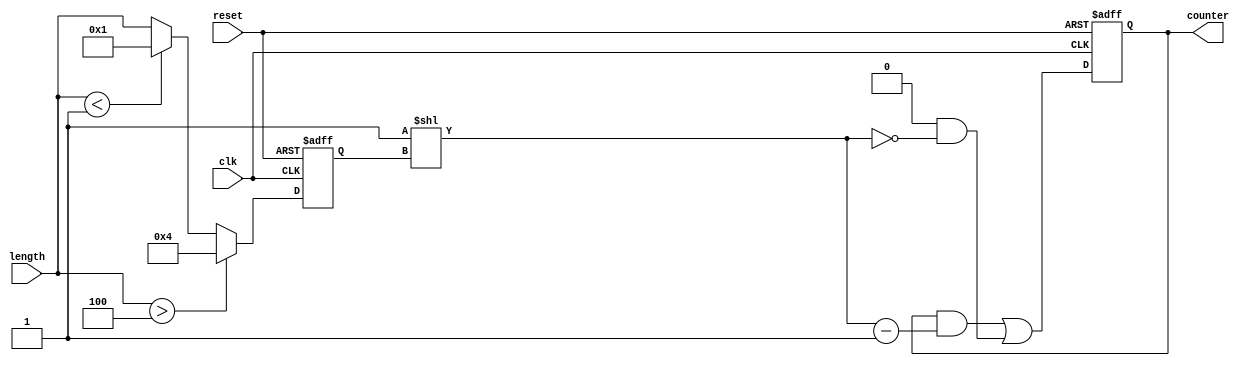
module variable_length_ring_counter (
    input wire clk,               // Clock input
    input wire reset,             // Asynchronous reset
    input wire [3:0] length,      // Length control input (max 4 bits for a 4-bit counter)
    output reg [3:0] counter      // Output state of the counter
);

    // Internal variable to hold the effective length
    reg [3:0] effective_length;

    always @(posedge clk or posedge reset) begin
        if (reset) begin
            // Reset the counter to the initial state
            counter <= 4'b0001; // Initialize the first flip-flop to '1'
            effective_length <= 4'b0001; // Default effective length to 1
        end else begin
            // Update the effective length based on the input
            if (length > 4) begin
                effective_length <= 4; // Cap at maximum length of 4
            end else if (length < 1) begin
                effective_length <= 1; // Minimum length of 1
            end else begin
                effective_length <= length; // Set to the specified length
            end

            // Shift the '1' through the counter based on the effective length
            if (counter[effective_length - 1]) begin
                // If the last active bit is '1', wrap around to the first bit
                counter <= (counter << 1) | 4'b0001; // Shift left and wrap around
            end else begin
                // Shift left normally
                counter <= (counter << 1);
            end

            // Ensure only the effective length bits are active
            counter = (counter & ((1 << effective_length) - 1)) | (4'b0000 & ~(1 << effective_length));
        end
    end

endmodule